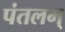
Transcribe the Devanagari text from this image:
पंतलम्